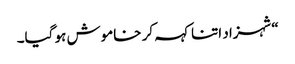
“شہزاد اتنا کہہ کر خاموش ہو گیا۔